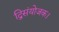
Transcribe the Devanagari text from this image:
द्विसंयोजक।